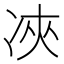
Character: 𠗉